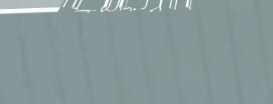
محلات بيع المجوهرات الذهب